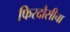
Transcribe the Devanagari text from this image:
फिरदौसीचा